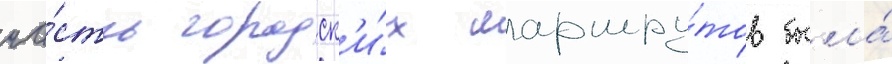
ча́сть городск'и́х маршру́тов была́